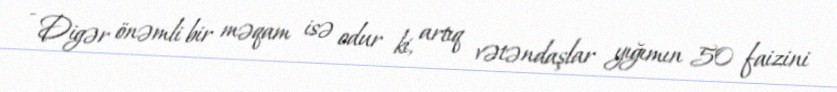
- Digər önəmli bir məqam isə odur ki, artıq vətəndaşlar yığımın 50 faizini